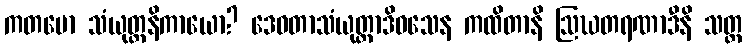
ကတမော သံယုတ္တနိကာယော? ဒေဝတာသံယုတ္တာဒိဝသေန ကထိတာနိ ဩဃတရဏာဒီနိ သတ္တ